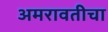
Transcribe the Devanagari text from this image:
अमरावतीचा